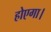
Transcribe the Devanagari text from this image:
होएगा।